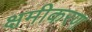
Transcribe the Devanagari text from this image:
क्षमीकरण